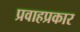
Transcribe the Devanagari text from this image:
प्रवाहप्रकार